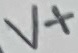
Text: V+